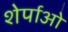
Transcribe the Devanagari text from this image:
शेर्पाओ